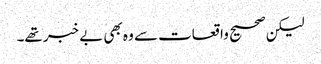
لیکن صحیح واقعات سے وہ بھی بے خبر تھے۔